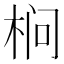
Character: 㭣